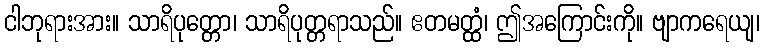
ငါဘုရားအား။ သာရိပုတ္တော၊ သာရိပုတ္တရာသည်။ ဧတမတ္ထံ၊ ဤအကြောင်းကို။ ဗျာကရေယျ၊